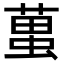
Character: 𧍣